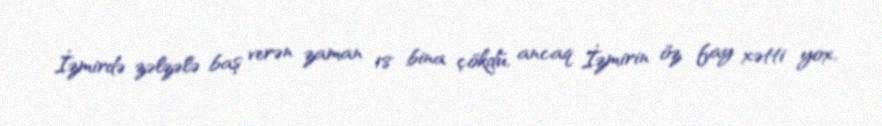
İzmirdə zəlzələ baş verən zaman 18 bina çökdü, ancaq İzmirin öz fay xətti yox,